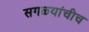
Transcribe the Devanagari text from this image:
सगळ्यांचीच